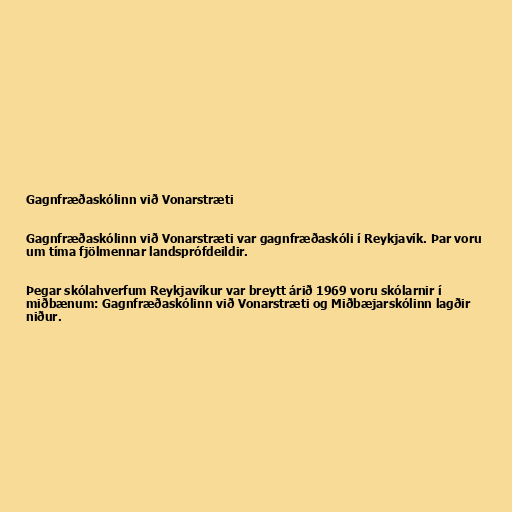
Gagnfræðaskólinn við Vonarstræti

Gagnfræðaskólinn við Vonarstræti var gagnfræðaskóli í Reykjavík. Þar voru
um tíma fjölmennar landsprófdeildir.

Þegar skólahverfum Reykjavíkur var breytt árið 1969 voru skólarnir í
miðbænum: Gagnfræðaskólinn við Vonarstræti og Miðbæjarskólinn lagðir
niður.